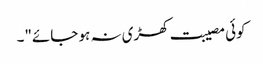
کوئی مصیبت کھڑی نہ ہو جائے"۔